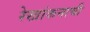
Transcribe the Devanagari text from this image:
रेखांकनाची